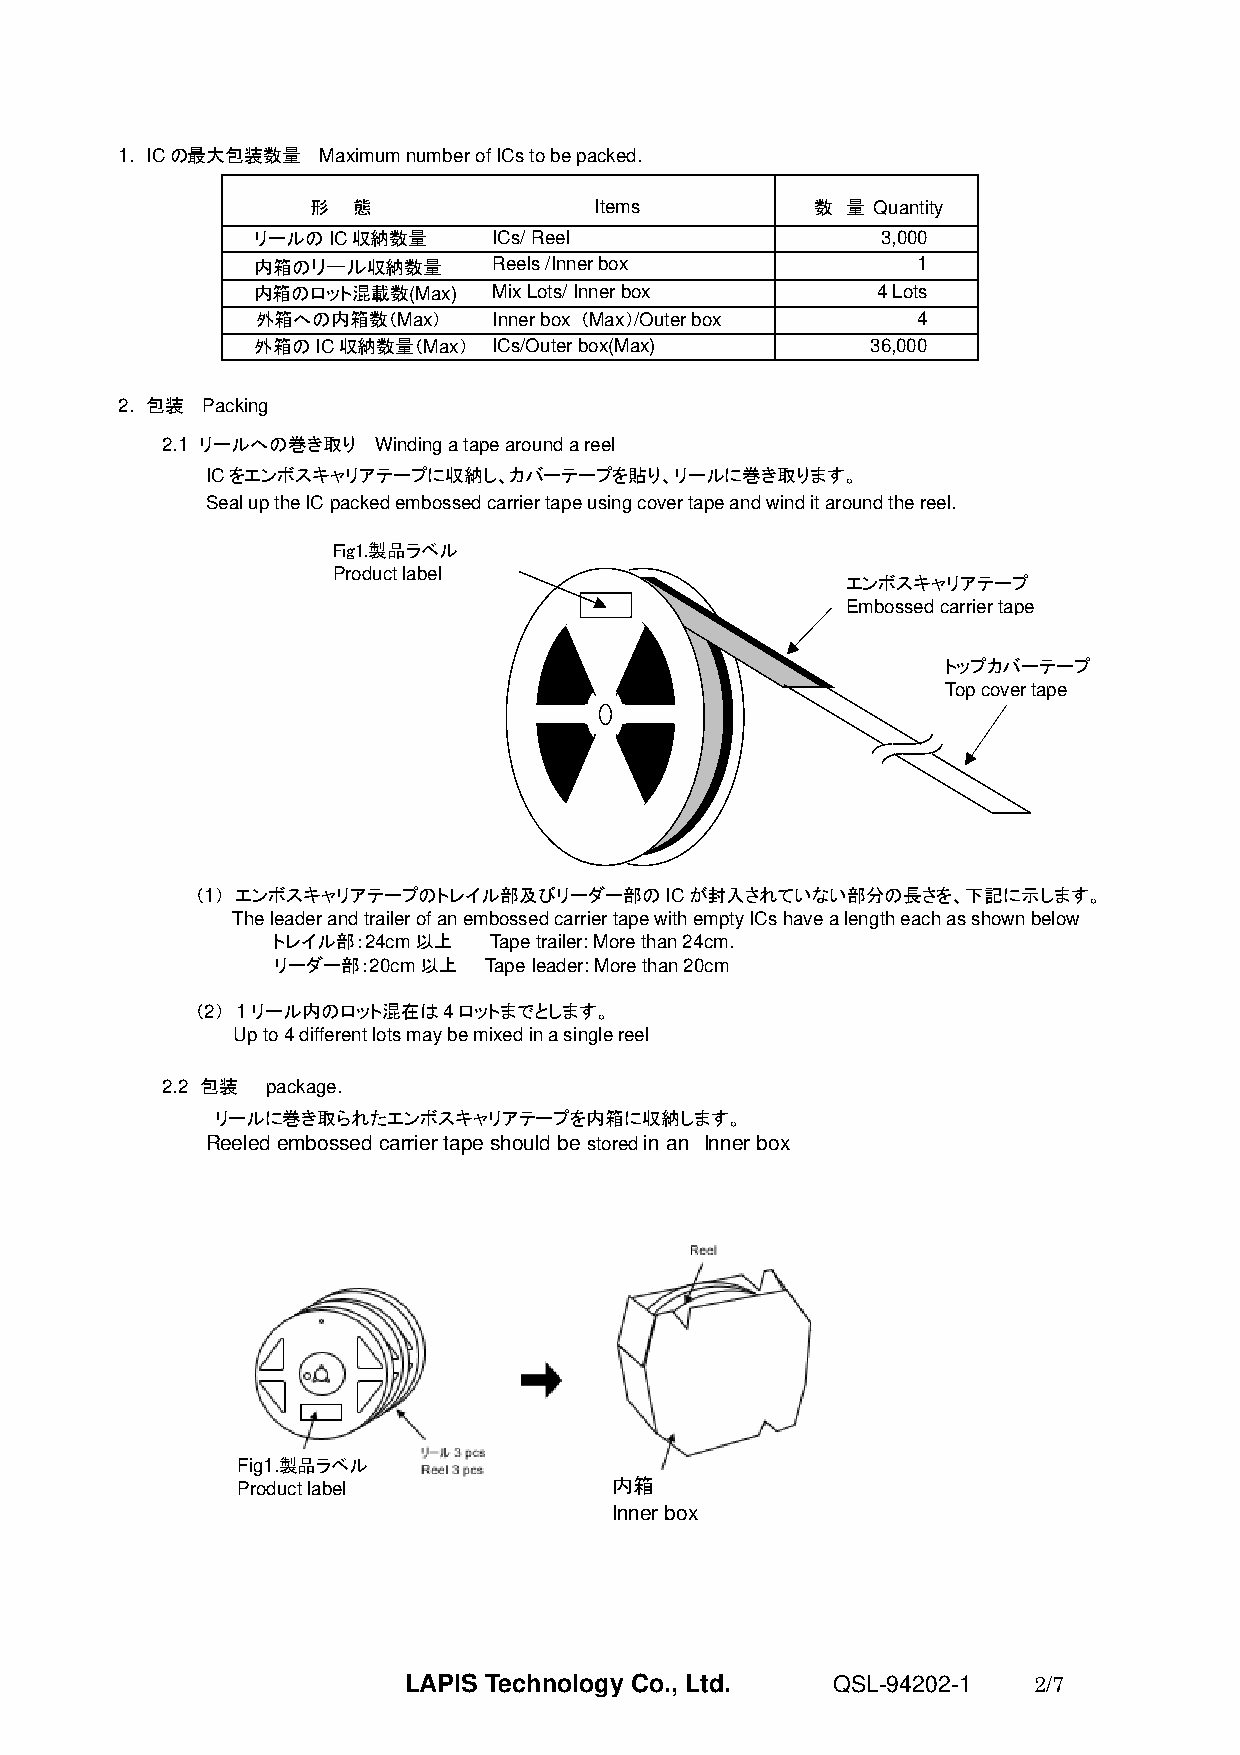
1. ICの最大包装数量 Maximum number of ICs to be packed.
 形  態               Items          数 量 Quantity
 リールのIC収納数量      ICs/ Reel                3,000
 内箱のリール収納数量      Reels /Inner box            1
 内箱のロット混載数(Max)  Mix Lots/ Inner box      4 Lots
 外箱への内箱数（Max）    Inner box （Max）/Outer box   4
 外箱のIC収納数量（Max）  ICs/Outer box(Max)       36,000
 2. 包装 Packing
 2.1 リールへの巻き取り Winding a tape around a reel
 ICをエンボスキャリアテープに収納し、カバーテープを貼り、リールに巻き取ります。
 Seal up the IC packed embossed carrier tape using cover tape and wind it around the reel.
 Fig1.製品ラベル
 Product label
 エンボスキャリアテープ
 Embossed carrier tape
 トップカバーテープ
 Top cover tape
 （1） エンボスキャリアテープのトレイル部及びリーダー部のICが封入されていない部分の長さを、下記に示します。
 The leader and trailer of an embossed carrier tape with empty ICs have a length each as shown below
 トレイル部：24cm以上  Tape trailer: More than 24cm.
 リーダー部：20cm以上  Tape leader: More than 20cm
 （2） 1リール内のロット混在は4ロットまでとします。
 Up to 4 different lots may be mixed in a single reel
 2.2 包装 package.
 リールに巻き取られたエンボスキャリアテープを内箱に収納します。
 Reeled embossed carrier tape should be stored in an Inner box
 Fig1.製品ラベル
 Product label           内箱
 Inner box
 LAPIS Technology Co., Ltd.  QSL-94202-1  2/7